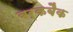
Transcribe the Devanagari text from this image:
बर्कबैक